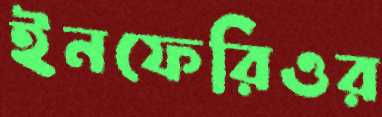
ইনফেরিওর